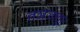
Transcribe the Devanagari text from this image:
तञ्जावुर